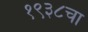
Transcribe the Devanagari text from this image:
१९३८चा